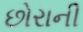
છોરાની